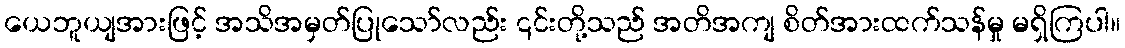
ယေဘူယျအားဖြင့် အသိအမှတ်ပြုသော်လည်း ၎င်းတို့သည် အတိအကျ စိတ်အားထက်သန်မှု မရှိကြပါ။